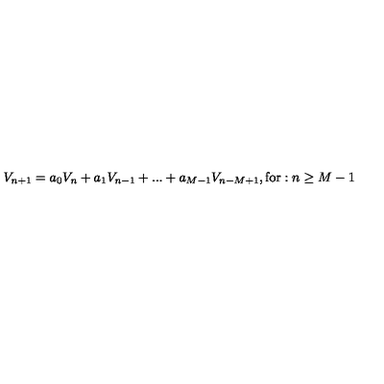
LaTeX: V _ { n + 1 } = a _ { 0 } V _ { n } + a _ { 1 } V _ { n - 1 } + . . . + a _ { M - 1 } V _ { n - M + 1 } , \mathrm { f o r } : n \geq M - 1